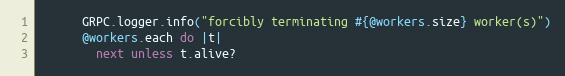
Language: Ruby
      GRPC.logger.info("forcibly terminating #{@workers.size} worker(s)")
      @workers.each do |t|
        next unless t.alive?